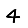
Digit: 4